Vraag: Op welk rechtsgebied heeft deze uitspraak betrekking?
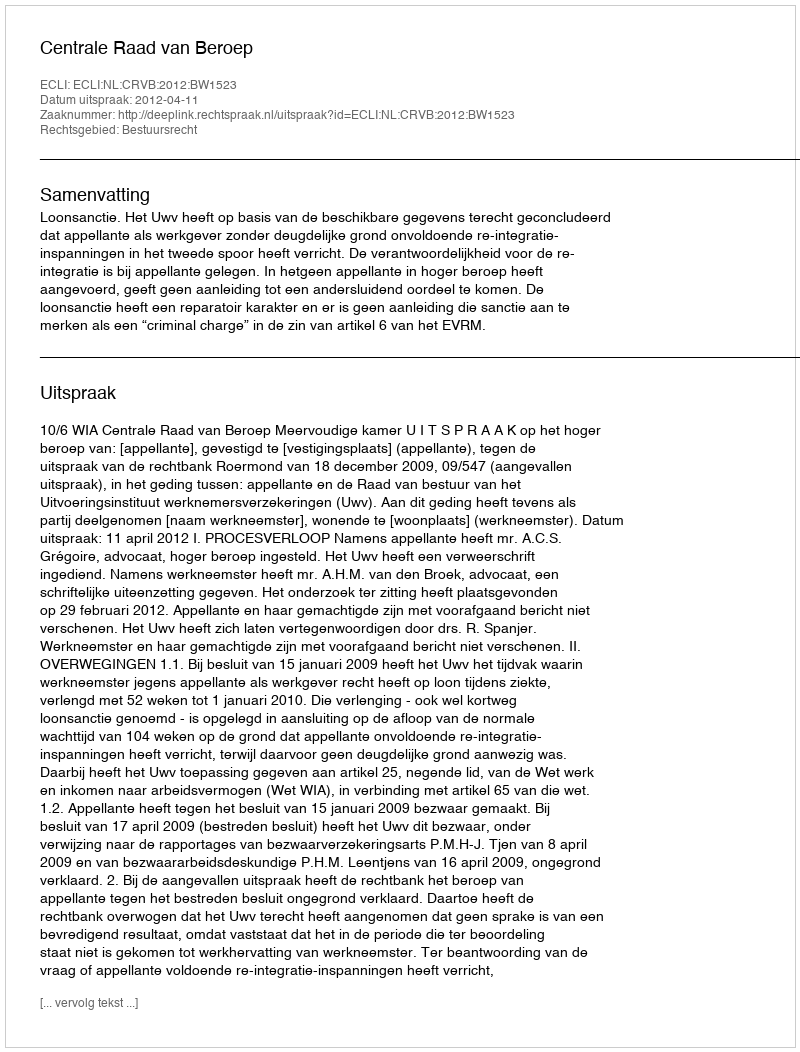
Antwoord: Bestuursrecht